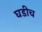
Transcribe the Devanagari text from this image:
घडीच